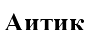
Аитик